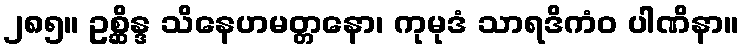
၂၈၅။ ဥစ္ဆိန္ဒ သိနေဟမတ္တနော၊ ကုမုဒံ သာရဒိကံဝ ပါဏိနာ။